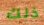
ذلك